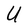
Character: U